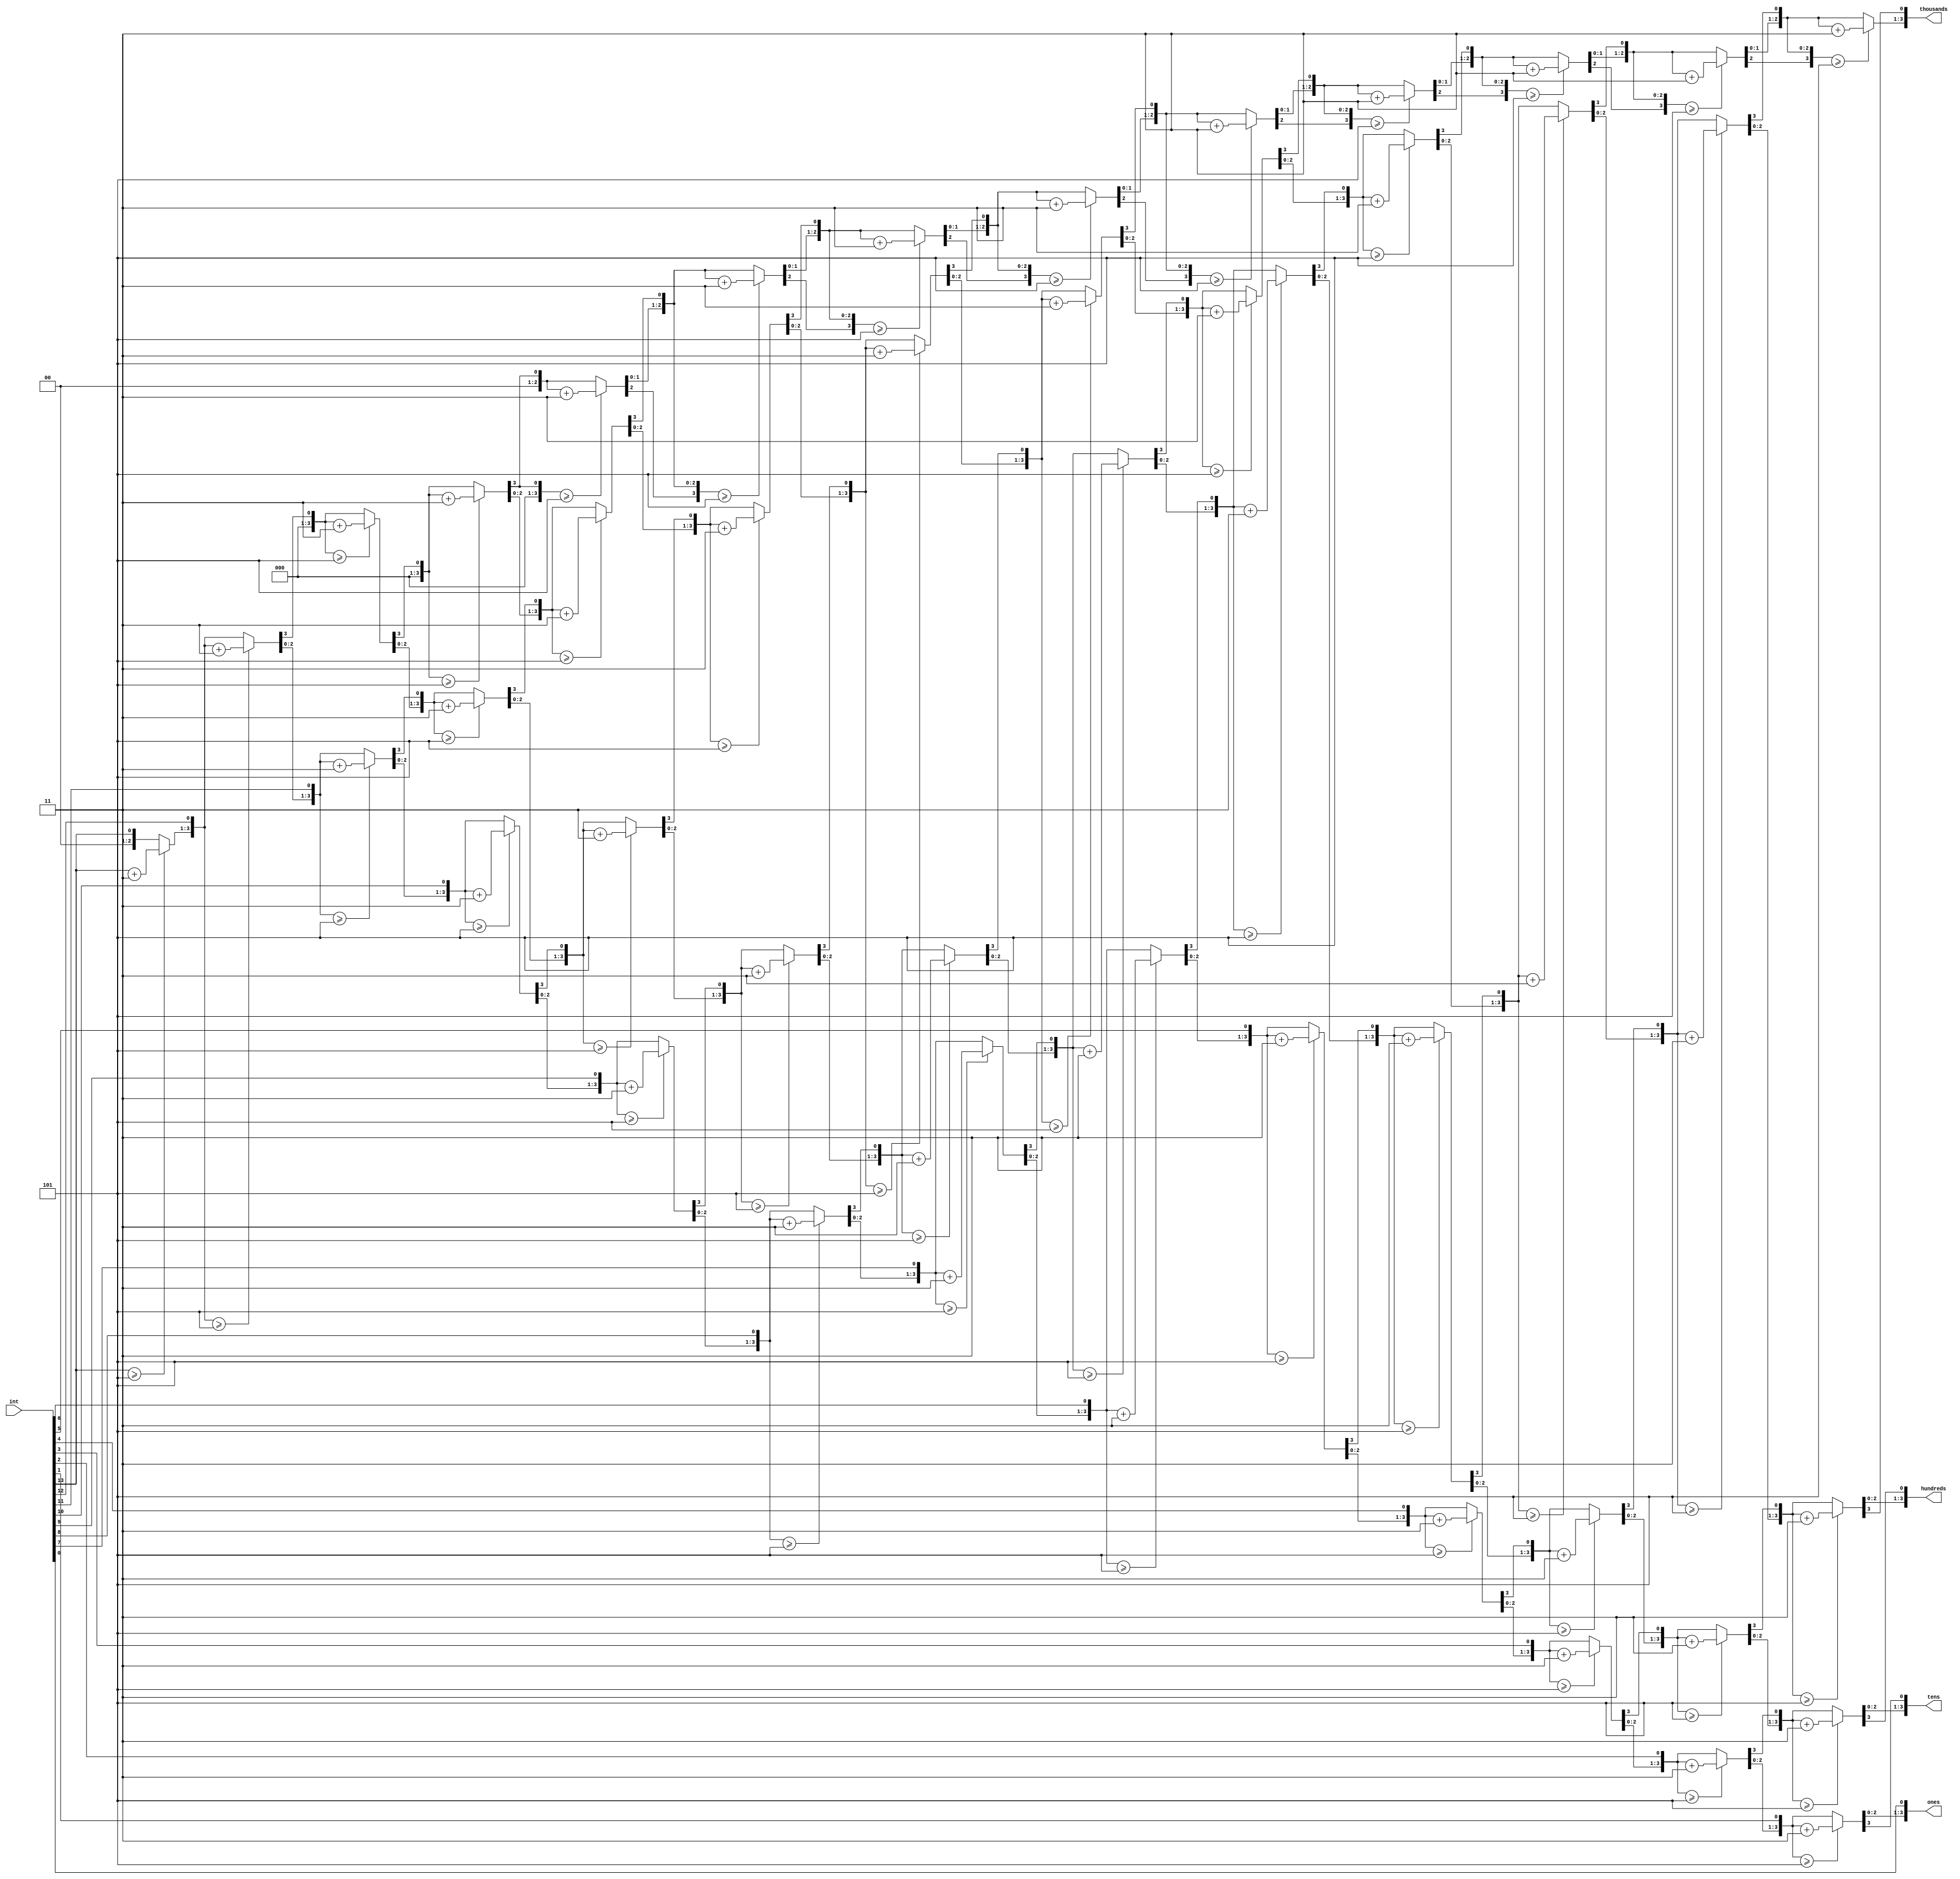
`timescale 1ns / 1ps

module BCDConverter(int, ones, tens, hundreds, thousands);

input [13:0] int;
output reg [3:0] ones;
output reg [3:0] tens;
output reg [3:0] hundreds;
output reg [3:0] thousands;

integer i;
always @(int)
begin
	
	thousands = 4'd0;
	hundreds = 4'd0;
	tens = 4'd0;
	ones = 4'd0;

	for (i = 13; i >=0; i = i-1)
	begin
		
		if (thousands >= 5) thousands = thousands + 3;
		if (hundreds >= 5) hundreds = hundreds + 3;
		if (tens >= 5) tens = tens + 3;
		if (ones >= 5) ones = ones + 3;

	

	thousands = thousands << 1;
	thousands[0] = hundreds[3];
	hundreds = hundreds << 1;
	hundreds[0] = tens[3];
	tens = tens << 1;
	tens[0] = ones[3];
	ones = ones << 1;
	ones[0] = int[i];

	end
end



endmodule